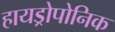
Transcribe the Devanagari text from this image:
हायड्रोपोनिक